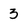
Character: 3